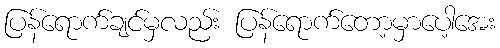
ပြန်ရောက်ချင်မှလည်း ပြန်ရောက်တော့မှာပေါ့အေး